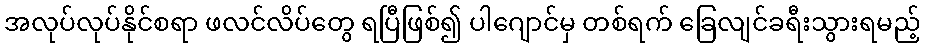
အလုပ်လုပ်နိုင်စရာ ဖလင်လိပ်တွေ ရပြီဖြစ်၍ ပါဂျောင်မှ တစ်ရက် ခြေလျင်ခရီးသွားရမည့်